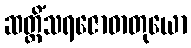
ဆတ္တိံသရဇောဓာတုယော